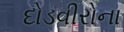
દોડવીરોના